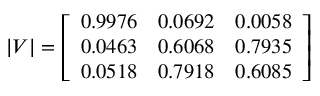
| V | = \left[ \begin{array} { l l l } { { 0 . 9 9 7 6 } } & { { 0 . 0 6 9 2 } } & { { 0 . 0 0 5 8 } } \\ { { 0 . 0 4 6 3 } } & { { 0 . 6 0 6 8 } } & { { 0 . 7 9 3 5 } } \\ { { 0 . 0 5 1 8 } } & { { 0 . 7 9 1 8 } } & { { 0 . 6 0 8 5 } } \end{array} \right]